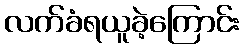
လက်ခံရယူခဲ့ကြောင်း